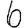
Digit: 6